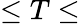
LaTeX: \leq T\leq